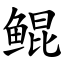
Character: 鲲